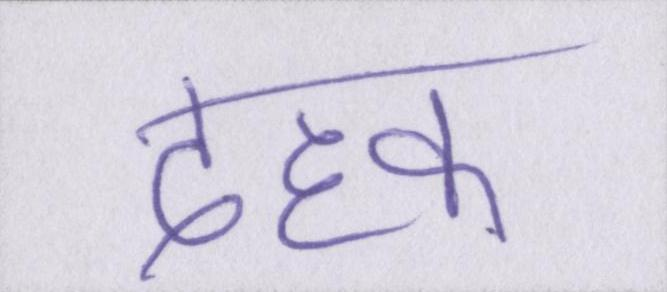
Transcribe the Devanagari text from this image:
दहक